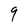
Character: 9